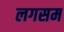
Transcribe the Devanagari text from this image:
लगसम